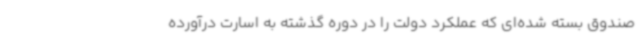
صندوق بسته‌ شده‌ای که عملکرد دولت را در دوره گذشته به اسارت درآورده